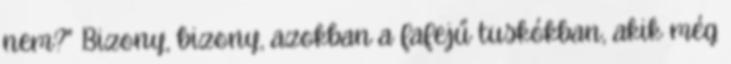
nem?" Bizony, bizony, azokban a fafejű tuskókban, akik még